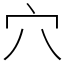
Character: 穴